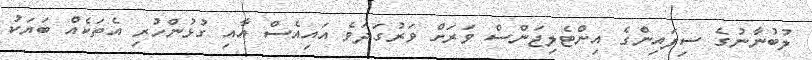
ލުބުނާނުގެ ސިފައިންގެ އިންޓެލިޖަންސް ވަރަށް ވަރުގަދަވެ އައިއެސް އާއި ގުޅުންހުރި އެތަކެއް ބަޔަކު